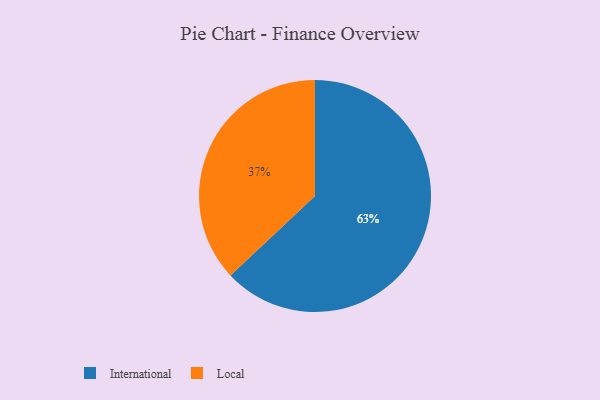
{"axis": {"x": "Category", "y": "Percentage"}, "legend": ["International", "Local"], "data": [{"x": "Local", "y": 37, "type": "Local"}, {"x": "International", "y": 63, "type": "International"}]}